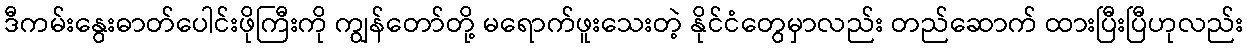
ဒီကမ်းနွေးဓာတ်ပေါင်းဖိုကြီးကို ကျွန်တော်တို့ မရောက်ဖူးသေးတဲ့ နိုင်ငံတွေမှာလည်း တည်ဆောက် ထားပြီးပြီဟုလည်း